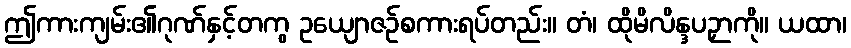
ဤကားကျမ်း၏ဂုဏ်နှင့်တကွ ဥယျောဇဉ်စကားရပ်တည်း။ တံ၊ ထိုမိလိန္ဒပဉှာကို။ ယထာ၊